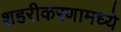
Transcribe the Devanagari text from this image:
शहरीकरणामध्ये